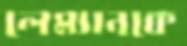
লেম্যানকে